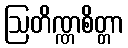
ဩတိဏ္ဏစိတ္တာ